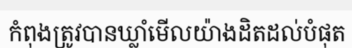
កំពុងត្រូវបានឃ្លាំមើលយ៉ាងដិតដល់បំផុត